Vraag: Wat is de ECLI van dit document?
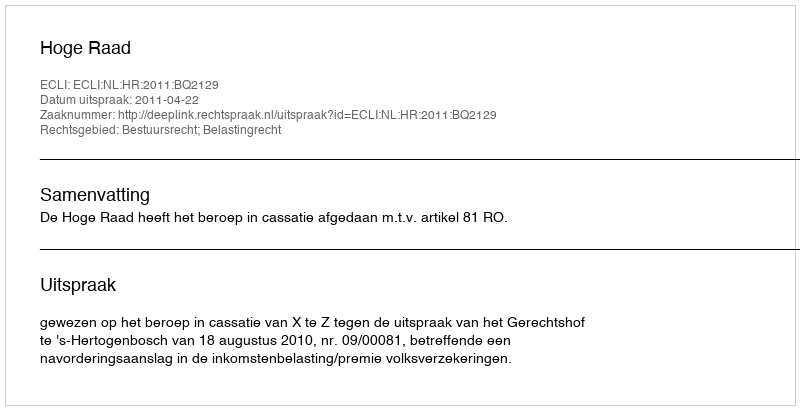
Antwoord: ECLI:NL:HR:2011:BQ2129